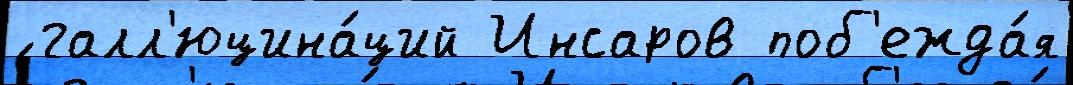
́ галл'юцина́ций Инсаров поб'ежда́я